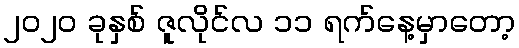
၂၀၂၀ ခုနှစ် ဇူလိုင်လ ၁၁ ရက်နေ့မှာတော့